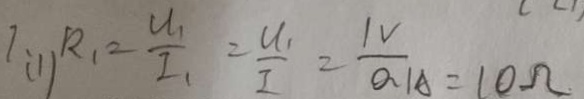
7 、 ( 1 ) R _ { 1 } = \frac { U _ { 1 } } { I _ { 1 } } = \frac { u _ { 1 } } { I } = \frac { 1 V } { 0 . 1 A } = 1 0 \Omega